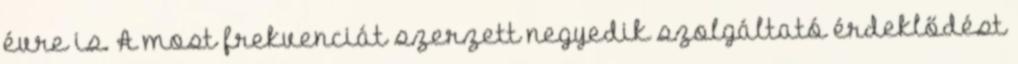
évre is. A most frekvenciát szerzett negyedik szolgáltató érdeklődést